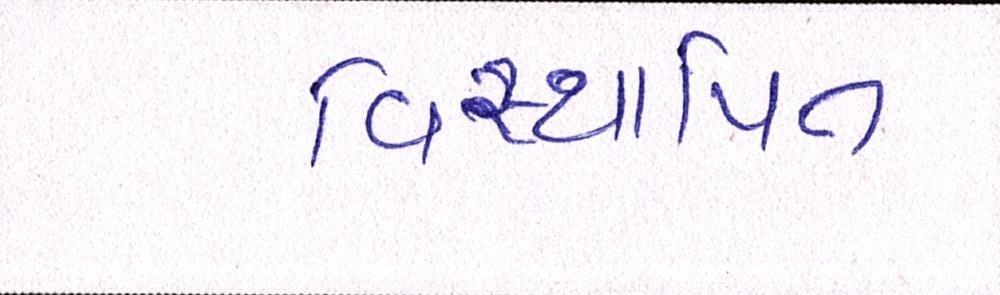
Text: વિસ્થાપિત